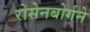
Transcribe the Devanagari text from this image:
रोसेनबोर्गने